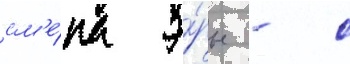
см'е́на э́ры - с